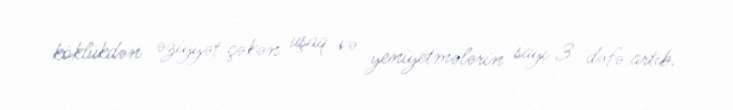
köklükdən əziyyət çəkən uşaq və yeniyetmələrin sayı 3 dəfə artıb.